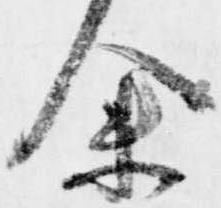
余